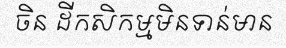
ចិន ដីកសិកម្មមិនទាន់មាន